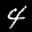
Label: 4